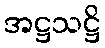
အဋ္ဌသဋ္ဌိ